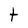
Character: t